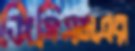
জিসিএমএর